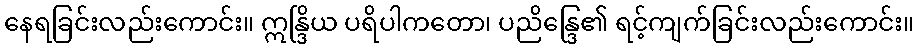
နေရခြင်းလည်းကောင်း။ ဣန္ဒြိယ ပရိပါကတော၊ ပညိန္ဒြေ၏ ရင့်ကျက်ခြင်းလည်းကောင်း။